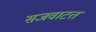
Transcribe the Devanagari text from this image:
सजवाटत